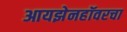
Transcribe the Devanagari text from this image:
आयझेनहॉवरचा